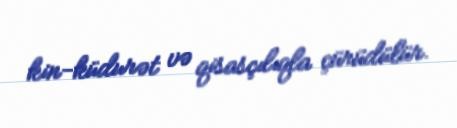
kin-küdurət və qisasçılıqla çürüdülür.